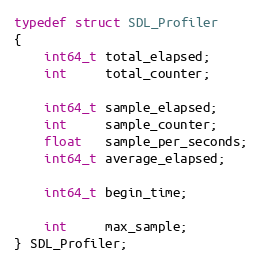
Language: C
typedef struct SDL_Profiler
{
    int64_t total_elapsed;
    int     total_counter;

    int64_t sample_elapsed;
    int     sample_counter;
    float   sample_per_seconds;
    int64_t average_elapsed;

    int64_t begin_time;

    int     max_sample;
} SDL_Profiler;